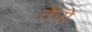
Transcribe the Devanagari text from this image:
तेंनो